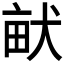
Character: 𤱶